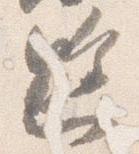
懸